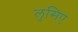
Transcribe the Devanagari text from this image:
लुसिए